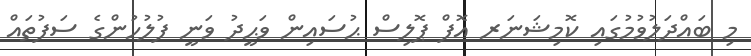
މި ބައްދަލުވުމުގައި ކޮމިޝަނަރ އޮފް ޕޮލިސް ޙުސައިން ވަޙީދު ވަނީ ފުލުހުންގެ ސަފުތައް